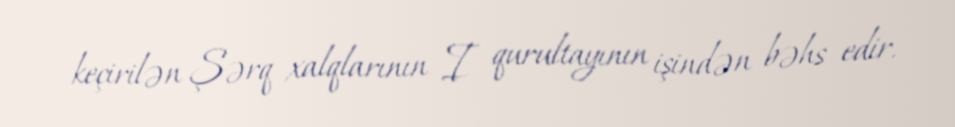
keçirilən Şərq xalqlarının I qurultayının işindən bəhs edir.